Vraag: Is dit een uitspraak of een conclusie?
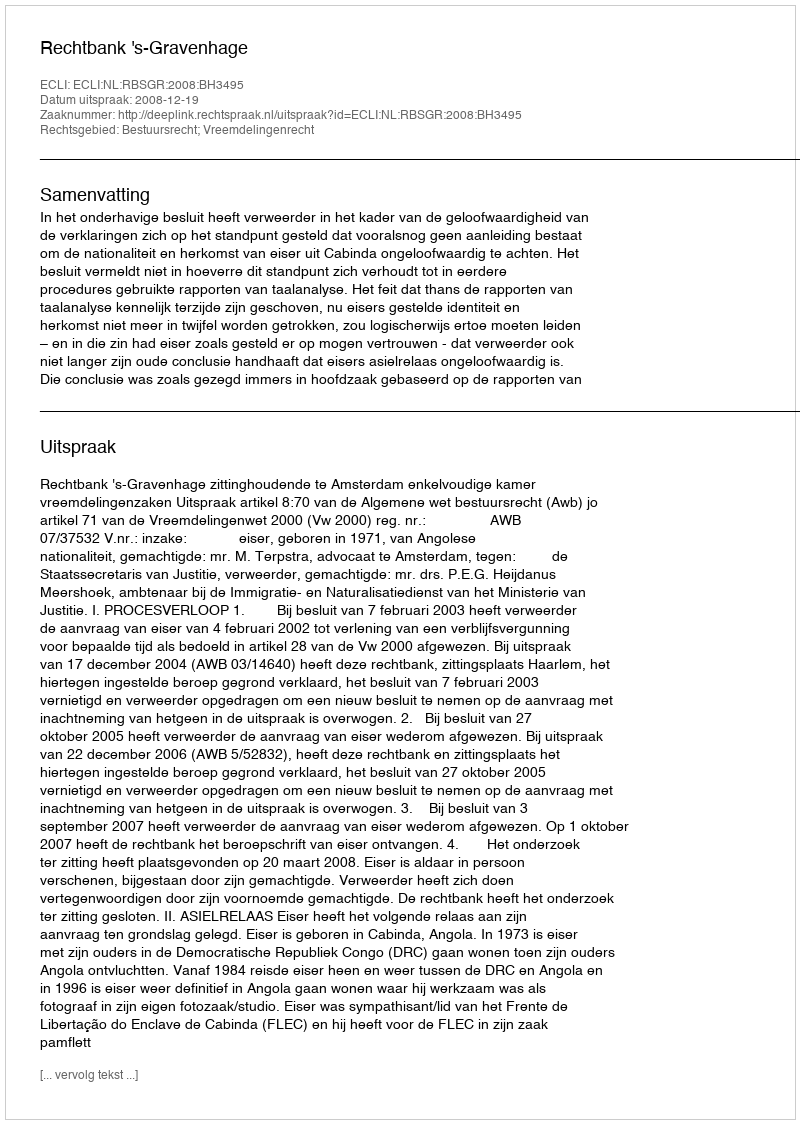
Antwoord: Uitspraak